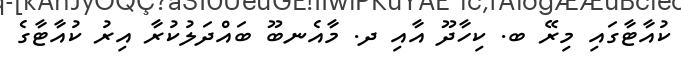
ކުއާޓާގައި މިރޭ ބ. ކިހާދޫ އާއި ދ. މާއެނބޫ ބައްދަލުކުރާ އިރު ކުއާޓާގެ